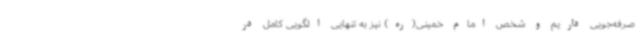
صرفه‌جویی داریم و شخص امام خمینی(ره) نیز به تنهایی الگویی کامل در